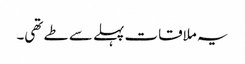
یہ ملاقات پہلے سے طے تھی۔